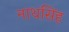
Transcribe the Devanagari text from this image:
नाथसिंह